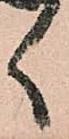
く